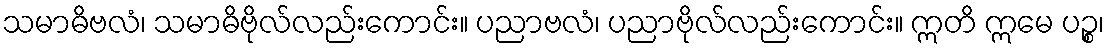
သမာဓိဗလံ၊ သမာဓိဗိုလ်လည်းကောင်း။ ပညာဗလံ၊ ပညာဗိုလ်လည်းကောင်း။ ဣတိ ဣမေ ပဉ္စ၊